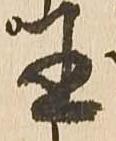
王